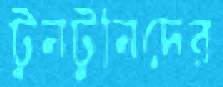
টুনটুনিদের